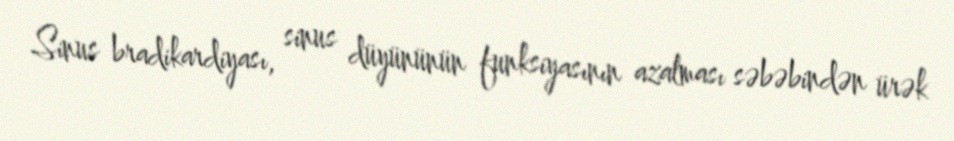
Sinus bradikardiyası, sinus düyününün funksiyasının azalması səbəbindən ürək